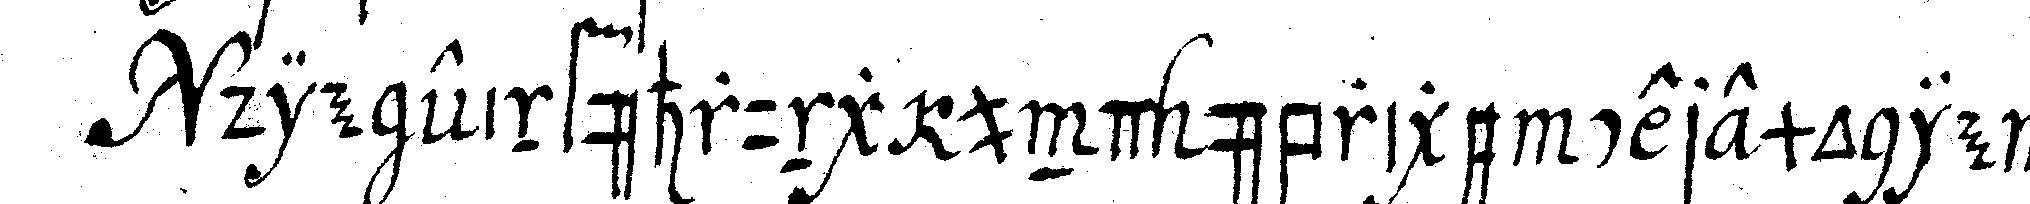
die einführung und übrige ceremonie